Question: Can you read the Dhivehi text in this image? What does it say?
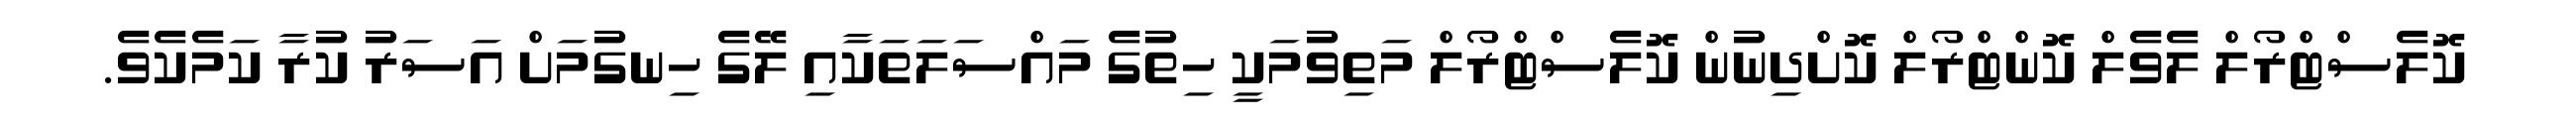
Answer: ކޮލެސްޓްރޯލް ލެވެލް ކޮންޓްރޯލް ކޮށްދިނުން ކޮލެސްޓްރޯލް މަތިވުމަކީ ހިތުގެ މައްސަލަތަކާއި ލޭގެ ހިނގުމަށް އަސަރު ކުރާ ކަމެކެވެ.